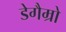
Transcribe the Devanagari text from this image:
डेगैम्रो